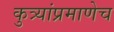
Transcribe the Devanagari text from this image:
कुत्र्यांप्रमाणेच